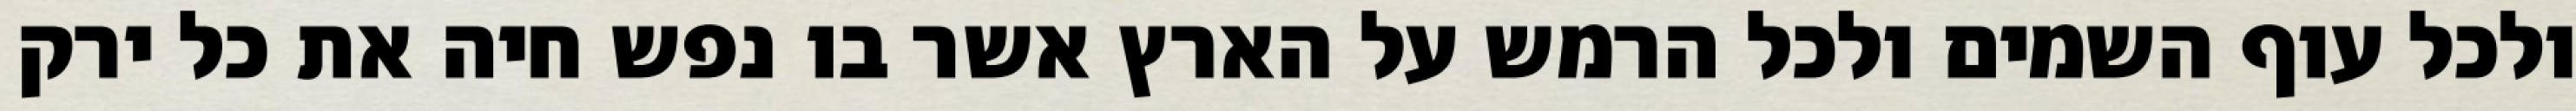
ולכל עוף השמים ולכל הרמש על הארץ אשר בו נפש חיה את כל ירק